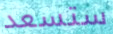
ستسعد